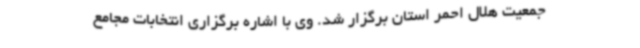
جمعیت هلال احمر استان برگزار شد. وی با اشاره برگزاری انتخابات مجامع